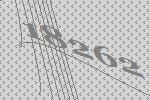
18262